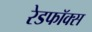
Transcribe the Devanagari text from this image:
रेडफॉक्स